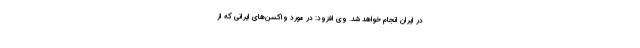
در ایران انجام خواهد شد. وی افزود: در مورد واکسن‌های ایرانی که از